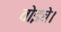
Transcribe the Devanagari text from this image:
वोइचे।